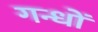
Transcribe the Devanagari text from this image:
गन्धों